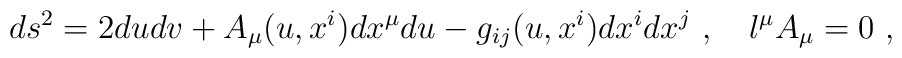
ds^2 = 2 du dv + A_{\mu} (u, x^i ) d x^{\mu} du - g_{ij}(u, x^i )  dx^i d x^j \ ,  \quad l^\mu A_\mu =0\ ,